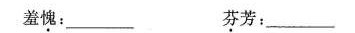
羞愧：___ 芬芳：___